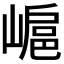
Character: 𡻮